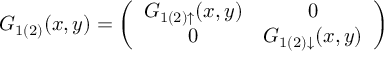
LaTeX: G _ { 1 ( 2 ) } ( x , y ) = \left( \begin{array} { c c } { { G _ { 1 ( 2 ) \uparrow } ( x , y ) } } & { { 0 \nonumber } } \\ { { 0 } } & { { G _ { 1 ( 2 ) \downarrow } ( x , y ) } } \end{array} \right)